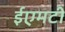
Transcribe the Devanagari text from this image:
ईएमटी